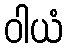
ဝါယံ